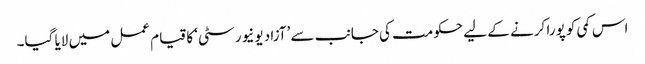
اس کمی کو پورا کرنے کے لیے حکومت کی جانب سے ’آزاد یونیورسٹی‘ کا قیام عمل میں لایا گیا۔